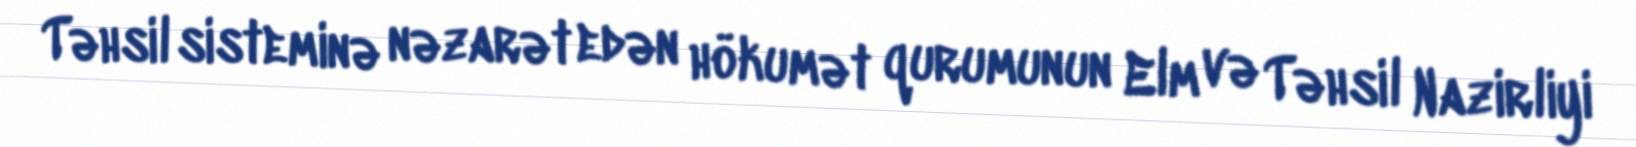
Təhsil sisteminə nəzarət edən hökumət qurumunun Elm və Təhsil Nazirliyi